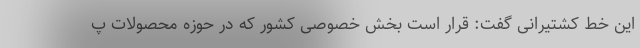
این خط کشتیرانی گفت: قرار است بخش خصوصی کشور که در حوزه محصولات پ